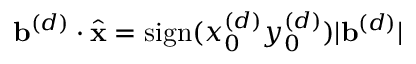
\mathbf { b } ^ { ( d ) } \cdot \hat { \mathbf { x } } = \mathrm { s i g n } ( x _ { 0 } ^ { ( d ) } y _ { 0 } ^ { ( d ) } ) | \mathbf { b } ^ { ( d ) } |